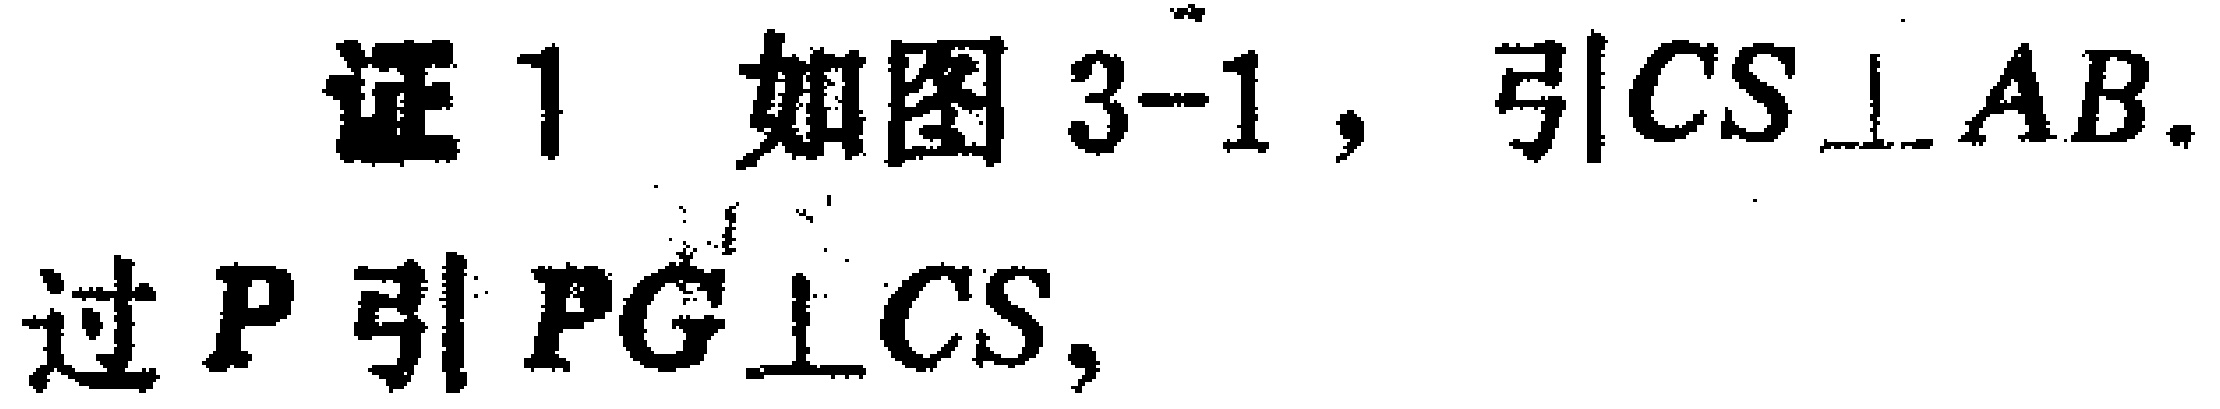
证1 如图3-1，引$CS\perp AB$. 过$P$引$PG\perp CS$，